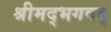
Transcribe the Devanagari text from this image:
श्रीमद्भगवद्